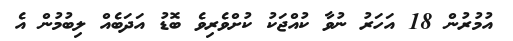
އުމުރުން 18 އަހަރު ނުވާ ކުއްޖަކު ކުށްވެރިވެ ބޮޑު އަދަބެއް ލިބުމުން އެ